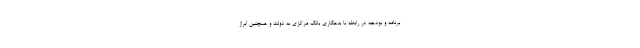
برنامه و بودجه در رابطه با بدهکاری بانک مرکزی به دولت و همچنین ابراز